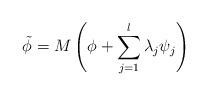
LaTeX: \begin{align*}\tilde \phi = M \left(\phi+ \sum_{j=1}^l \lambda_j \psi_j \right)\end{align*}